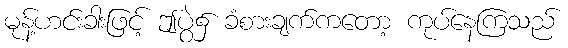
မုန့်ဟင်းခါးဖြင့် ဤပွဲ၌ ခံစားချက်ကတော့ ကုပ်နေကြသည်